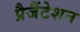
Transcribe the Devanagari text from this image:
प्रैजैंटेशन